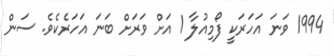
1994 ވަނަ އަހަރަކީ ފޯމިއުލާ 1 އަށް ވަރަށް ބަނަ އަހަރެކެވެ. ސަން